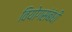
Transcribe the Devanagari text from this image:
वियोगसंबंधी